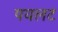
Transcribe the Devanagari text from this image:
पयलट